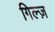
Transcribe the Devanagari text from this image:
गिल्ज़